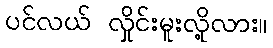
ပင်လယ် လှိုင်းမူးလို့လား။